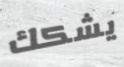
يشكك